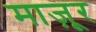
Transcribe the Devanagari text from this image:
माज़ूर